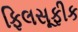
ફિલસૂફીક